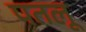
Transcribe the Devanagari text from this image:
पतलू